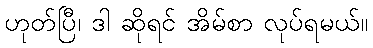
ဟုတ်ပြီ၊ ဒါ ဆိုရင် အိမ်စာ လုပ်ရမယ်။